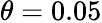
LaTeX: \theta=0.05